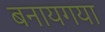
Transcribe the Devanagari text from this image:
बनायगया